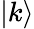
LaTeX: \left|k\right\rangle